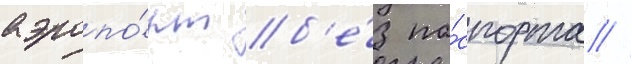
аэропо́рт б'е́з па́спорта //